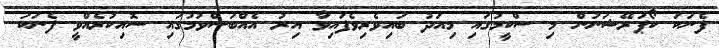
ފެނަކަ ކޯޕަރޭޝަނުން މި ސްކީމުގައި މިއަދު ބައިވެރިވެފައިވާ އިރު އެއްބަސްވުމުގައި ސޮއިކުރެއްވީ ފެނަކަ